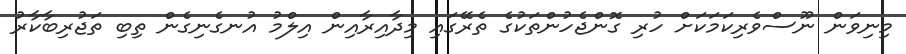
މިނިވަން ނޫސްވެރިކަމަކަށް ހުރި ގޮންޖެހުންތަކުގެ ތެރޭގައި މިދާއިރާއިން އިލްމު އުނގެނިގެން ތިބި ތަޖުރިބާކާރު